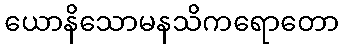
ယောနိသောမနသိကရောတော